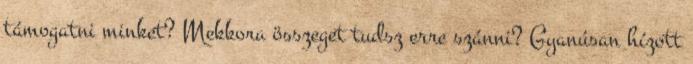
támogatni minket? Mekkora összeget tudsz erre szánni? Gyanúsan hízott